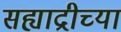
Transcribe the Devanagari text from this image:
सह्याद्रीच्‍या